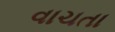
વાચતા